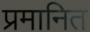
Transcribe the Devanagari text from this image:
प्रमानित